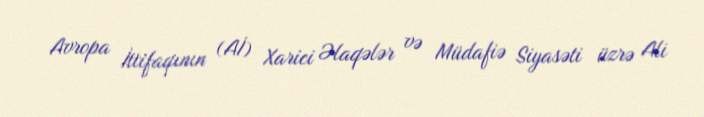
Avropa İttifaqının (Aİ) Xarici Əlaqələr və Müdafiə Siyasəti üzrə Ali